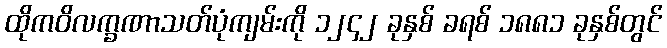
ထိုကဝိလက္ခဏာသတ်ပုံကျမ်းကို ၁၂၄၂ ခုနှစ် ခရစ် ၁၈၈၁ ခုနှစ်တွင်